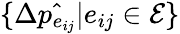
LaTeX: \{ \Delta\hat{p_{e_{ij}}}|e_{ij}\in\mathcal{E}\}